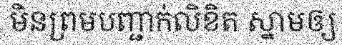
មិនព្រមបញ្ជាក់លិខិត ស្នាមឲ្យ